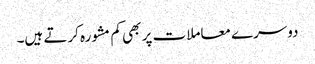
دوسرے معاملات پر بھی کم مشورہ کرتے ہیں۔